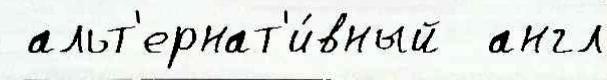
 альт'ернат'и́вный  англ